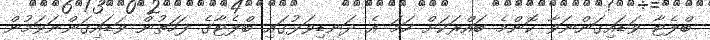
ބްލެޓާ ވަޑައިގަންނަވާ ކޮންމެ ބައްރަކަށް ހަމަ އެ ދަނޑިވަޅުގައި ބްލެޓާގެ ފަހަތުން ވަޑައިގަންނަވަމުން